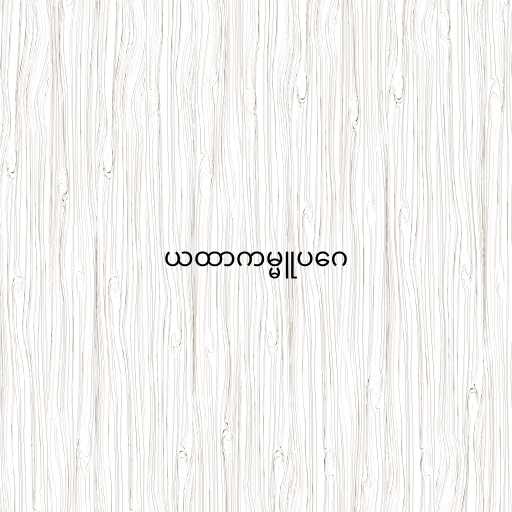
ယထာကမ္မူပဂေ